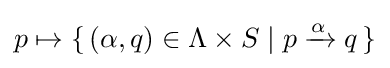
p\mapsto \{\,(\alpha ,q)\in \Lambda \times S\mid p\xrightarrow {\alpha } q\,\}